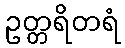
ဥတ္တရိတရံ